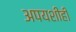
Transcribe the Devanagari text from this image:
अपयशीही